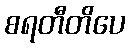
စရတီတိပေ